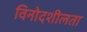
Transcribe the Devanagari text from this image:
विनोदशीलता